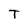
Character: T